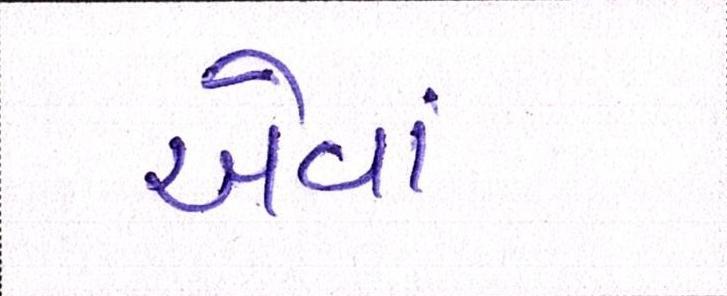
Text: એવાં